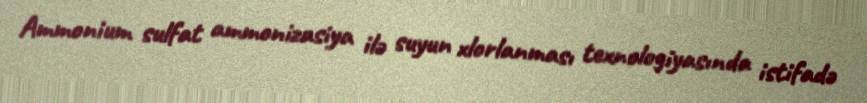
Ammonium sulfat ammonizasiya ilə suyun xlorlanması texnologiyasında istifadə